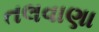
તલવાણા